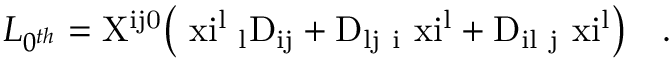
{ \cal L } _ { 0 ^ { t h } } = \mathrm { X ^ { i j 0 } \big ( \ x i ^ { l } \partial _ { l } D _ { i j } + D _ { l j } \partial _ { i } \ x i ^ { l } + D _ { i l } \partial _ { j } \ x i ^ { l } \big ) } ~ ~ ~ .